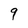
Character: 9